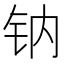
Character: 钠